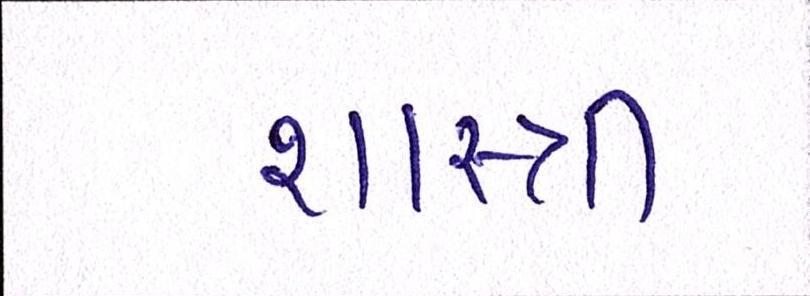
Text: શાસ્ત્રી